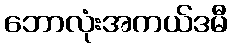
ဘောလုံးအကယ်ဒမီ